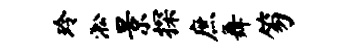
玲淞景探庶舞笏